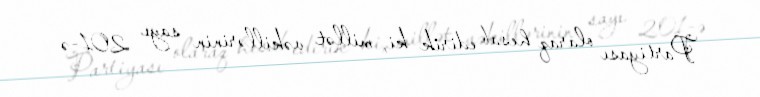
Partiyası olaraq hesab edirik ki, millət vəkillərinin sayı 201-ə